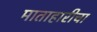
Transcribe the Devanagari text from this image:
माताहारीचा